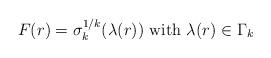
LaTeX: \begin{align*}F (r) = \sigma_k^{1/k} (\lambda(r)) \mbox{ with } \lambda(r) \in \Gamma_k\end{align*}